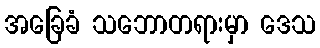
အခြေခံ သဘောတရားမှာ ဒေသ